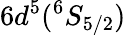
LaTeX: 6d^{5}(^{6}S_{5/2})